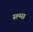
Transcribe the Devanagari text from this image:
स्ल्ग्स